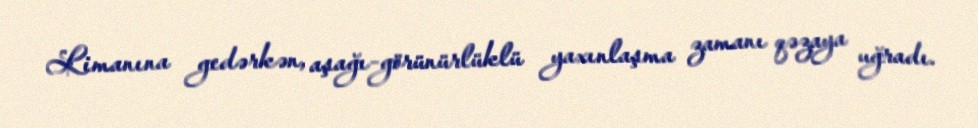
Limanına gedərkən, aşağı-görünürlüklü yaxınlaşma zamanı qəzaya uğradı.